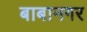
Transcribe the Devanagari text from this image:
बाबानगर